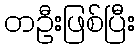
တဦးဖြစ်ပြီး